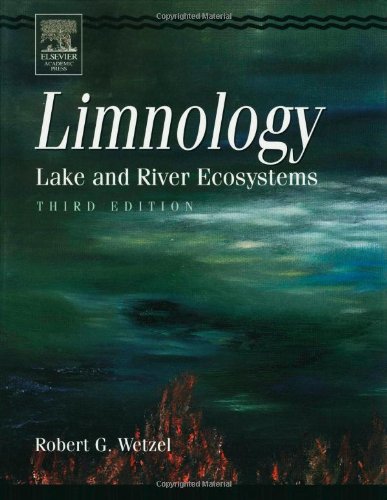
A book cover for Limnology, Third Edition: Lake and River Ecosystems; Robert G. Wetzel; Science & Math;